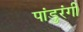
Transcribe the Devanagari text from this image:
पांडुरंगीं